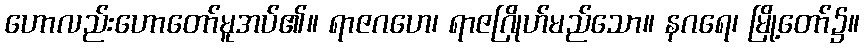
ဟောလည်းဟောတော်မူအပ်၏။ ရာဇဂဟေ၊ ရာဇဂြိုဟ်မည်သော။ နဂရေ၊ မြို့တော်၌။